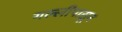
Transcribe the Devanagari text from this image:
गल्लीपासून